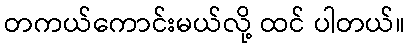
တကယ်ကောင်းမယ်လို့ ထင် ပါတယ်။